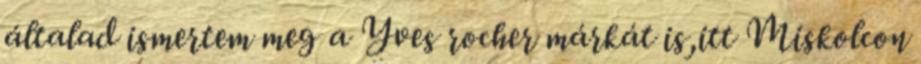
általad ismertem meg a Yves rocher márkát is,itt Miskolcon